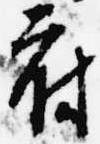
府